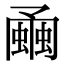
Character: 𧐘